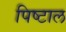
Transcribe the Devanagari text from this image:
पिष्टाल